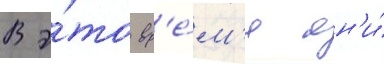
В э́то вр'е́м'я он'и́